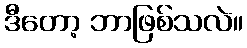
ဒီတော့ ဘာဖြစ်သလဲ။